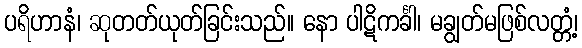
ပရိဟာနံ၊ ဆုတတ်ယုတ်ခြင်းသည်။ နော ပါဋိကင်္ခါ၊ မချွတ်မဖြစ်လတ္တံ့၊